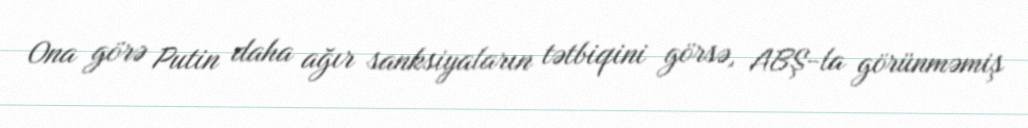
Ona görə Putin daha ağır sanksiyaların tətbiqini görsə, ABŞ-la görünməmiş